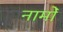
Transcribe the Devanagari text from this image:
नामोँ